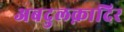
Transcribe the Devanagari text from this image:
अबदुलक़ादिर